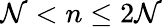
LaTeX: \mathcal{N}<n\leq2\mathcal{N}